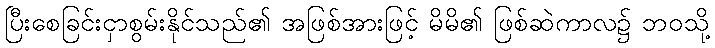
ပြီးစေခြင်းငှာစွမ်းနိုင်သည်၏ အဖြစ်အားဖြင့် မိမိ၏ ဖြစ်ဆဲကာလ၌ ဘဝသို့